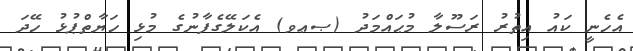
އެހެނީ ކައު އިތުރު ރަސޫލާ މުޙައްމަދު (ޞޢވ) އެކަލޭގެފާނުގެ މުޅި ހަޔާތްޕުޅު ހޭދަ